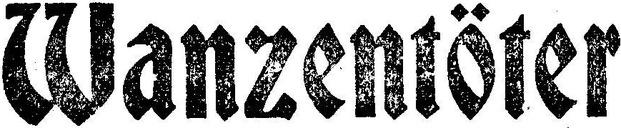
Wanzentöter